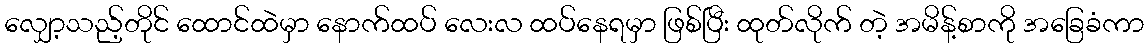
လျှော့သည့်တိုင် ထောင်ထဲမှာ နောက်ထပ် လေးလ ထပ်နေရမှာ ဖြစ်ပြီး ထုတ်လိုက် တဲ့ အမိန့်စာကို အခြေခံကာ